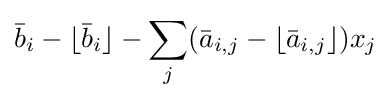
{\bar {b}}_{i}-\lfloor {\bar {b}}_{i}\rfloor -\sum _{j}({\bar {a}}_{i,j}-\lfloor {\bar {a}}_{i,j}\rfloor )x_{j}